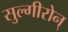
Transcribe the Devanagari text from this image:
सुल्गीरोन्